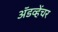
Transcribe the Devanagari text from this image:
अॅडव्हेंचर